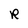
Character: R